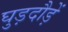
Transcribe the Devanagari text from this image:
घुड़दौड़ें